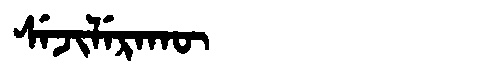
Manchu: ᠰᡝᠵᡳᠯᡝᡵᠠᡴᡡ
Romanization: SEJILERAKŪ